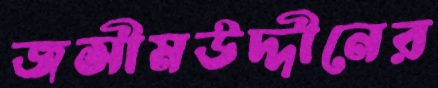
জসীমউদ্দীনের